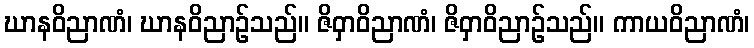
ဃာနဝိညာဏံ၊ ဃာနဝိညာဉ်သည်။ ဇိဝှာဝိညာဏံ၊ ဇိဝှာဝိညာဉ်သည်။ ကာယဝိညာဏံ၊